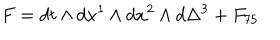
LaTeX: F = d t \wedge d x ^ { 1 } \wedge d x ^ { 2 } \wedge d \Delta ^ { 3 } + F _ { 7 5 }